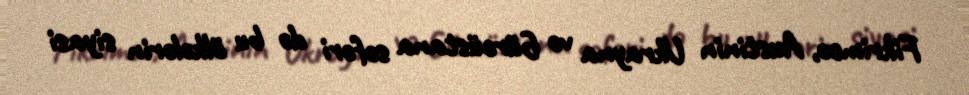
Fikrimcə, Austinin Ukrayna və Gürcüstana səfəri də bu ölkələrin siyasi